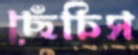
ছেঁচিস